Vaccination report Assam 1874-1896 - 1874-1896
Year: 1874
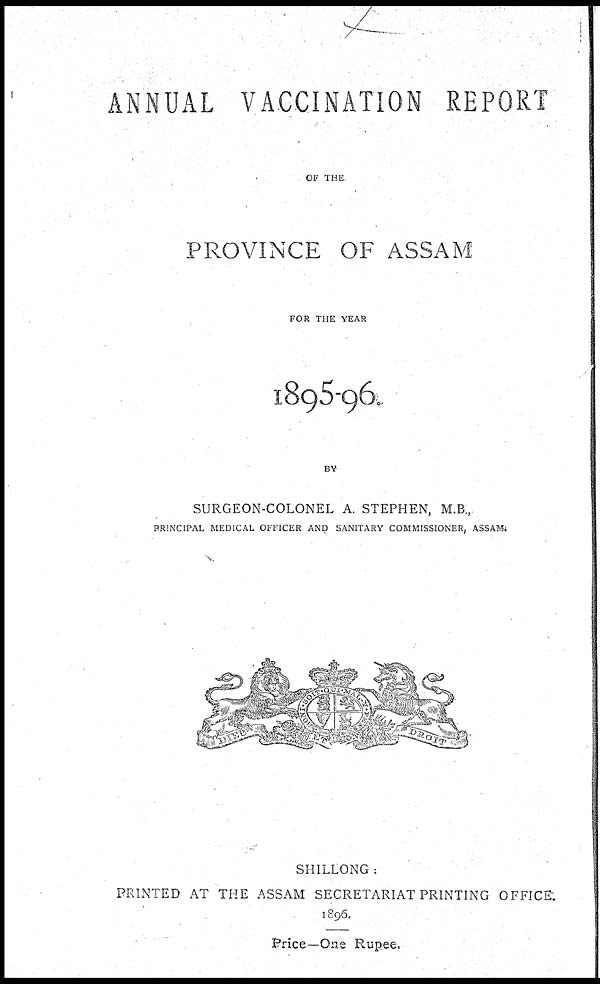
ANNUAL VACCINATION REPORT
OF THE
PROVINCE OF ASSAM
FOR THE YEAR
1895-96.
BY
SURGEON-COLONEL A. STEPHEN, M.B.,
PRINCIPAL MEDICAL OFFICER AND SANITARY COMMISSIONER, ASSAM.
SHILLONG :
PRINTED AT THE ASSAM SECRETARIAT PRINTING OFFICE.
1896.
Price—One Rupee.